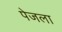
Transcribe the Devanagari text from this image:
पेजला